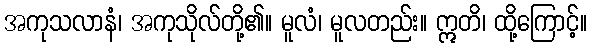
အကုသလာနံ၊ အကုသိုလ်တို့၏။ မူလံ၊ မူလတည်း။ ဣတိ၊ ထို့ကြောင့်။